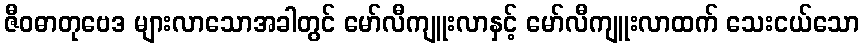
ဇီဝဓာတုဗေဒ များလာသောအခါတွင် မော်လီကျူးလာနှင့် မော်လီကျူးလာထက် သေးငယ်သော